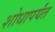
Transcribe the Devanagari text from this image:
शोधापर्यंत